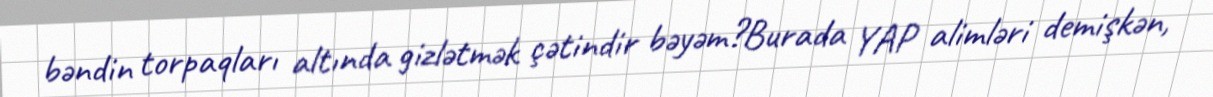
bəndin torpaqları altında gizlətmək çətindir bəyəm?Burada YAP alimləri demişkən,